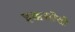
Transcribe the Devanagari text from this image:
इक्कसीवीं